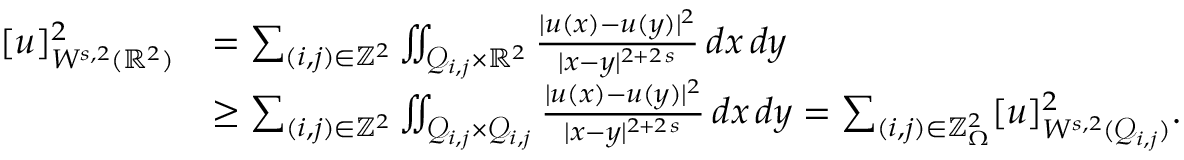
\begin{array} { r l } { [ u ] _ { W ^ { s , 2 } ( \mathbb { R } ^ { 2 } ) } ^ { 2 } } & { = \sum _ { ( i , j ) \in \mathbb { Z } ^ { 2 } } \iint _ { \mathcal { Q } _ { i , j } \times \mathbb { R } ^ { 2 } } \frac { | u ( x ) - u ( y ) | ^ { 2 } } { | x - y | ^ { 2 + 2 \, s } } \, d x \, d y } \\ & { \ge \sum _ { ( i , j ) \in \mathbb { Z } ^ { 2 } } \iint _ { \mathcal { Q } _ { i , j } \times \mathcal { Q } _ { i , j } } \frac { | u ( x ) - u ( y ) | ^ { 2 } } { | x - y | ^ { 2 + 2 \, s } } \, d x \, d y = \sum _ { ( i , j ) \in \mathbb { Z } _ { \Omega } ^ { 2 } } [ u ] _ { W ^ { s , 2 } ( \mathcal { Q } _ { i , j } ) } ^ { 2 } . } \end{array}